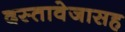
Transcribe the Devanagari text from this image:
दस्तावेजासह